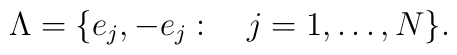
\Lambda=\{e_j, -e_j: \quad j=1,\ldots, N\}.